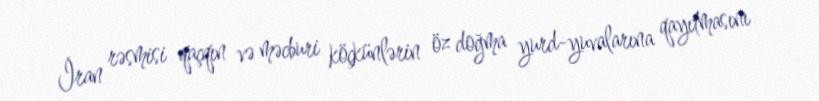
İran rəsmisi qaçqın və məcburi köçkünlərin öz doğma yurd-yuvalarına qayıtmasını